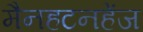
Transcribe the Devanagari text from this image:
मैनहटनहेंज